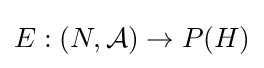
E:(N,{\mathcal {A}})\to P(H)